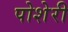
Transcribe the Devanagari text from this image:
पोशेरी